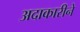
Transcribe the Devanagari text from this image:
अदाकारीने